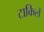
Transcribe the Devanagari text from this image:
टाकिलें